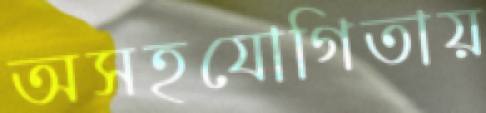
অসহযোগিতায়